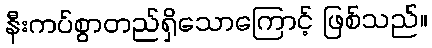
နီးကပ်စွာတည်ရှိသောကြောင့် ဖြစ်သည်။